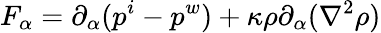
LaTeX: F_{\alpha}=\partial_{\alpha}(p^{i}-p^{w})+\kappa\rho\partial_{\alpha}(\nabla^{2}\rho)